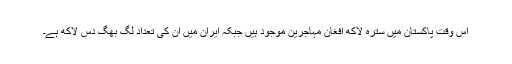
اس وقت پاکستان میں سترہ لاکھ افغان مہاجرین موجود ہیں جبکہ ایران میں ان کی تعداد لگ بھگ دس لاکھ ہے۔